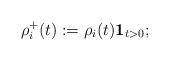
LaTeX: \begin{align*}\rho ^{+}_i(t) := \rho_i (t) \mathbf{1}_{t > 0};\end{align*}